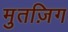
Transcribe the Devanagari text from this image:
मुतज़िग